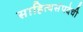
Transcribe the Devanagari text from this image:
साहित्यसंपदेची